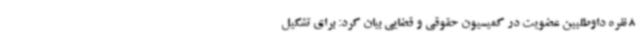
8 نفره داوطلبین عضویت در کمیسیون حقوقی و قضایی بیان کرد: برای تشکیل